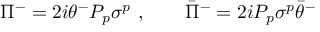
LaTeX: \Pi ^ { - } = 2 i \theta ^ { - } P _ { p } \sigma ^ { p } \ , \qquad \bar { \Pi } ^ { - } = 2 i P _ { p } \sigma ^ { p } \bar { \theta } ^ { - }